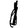
Digit: 1